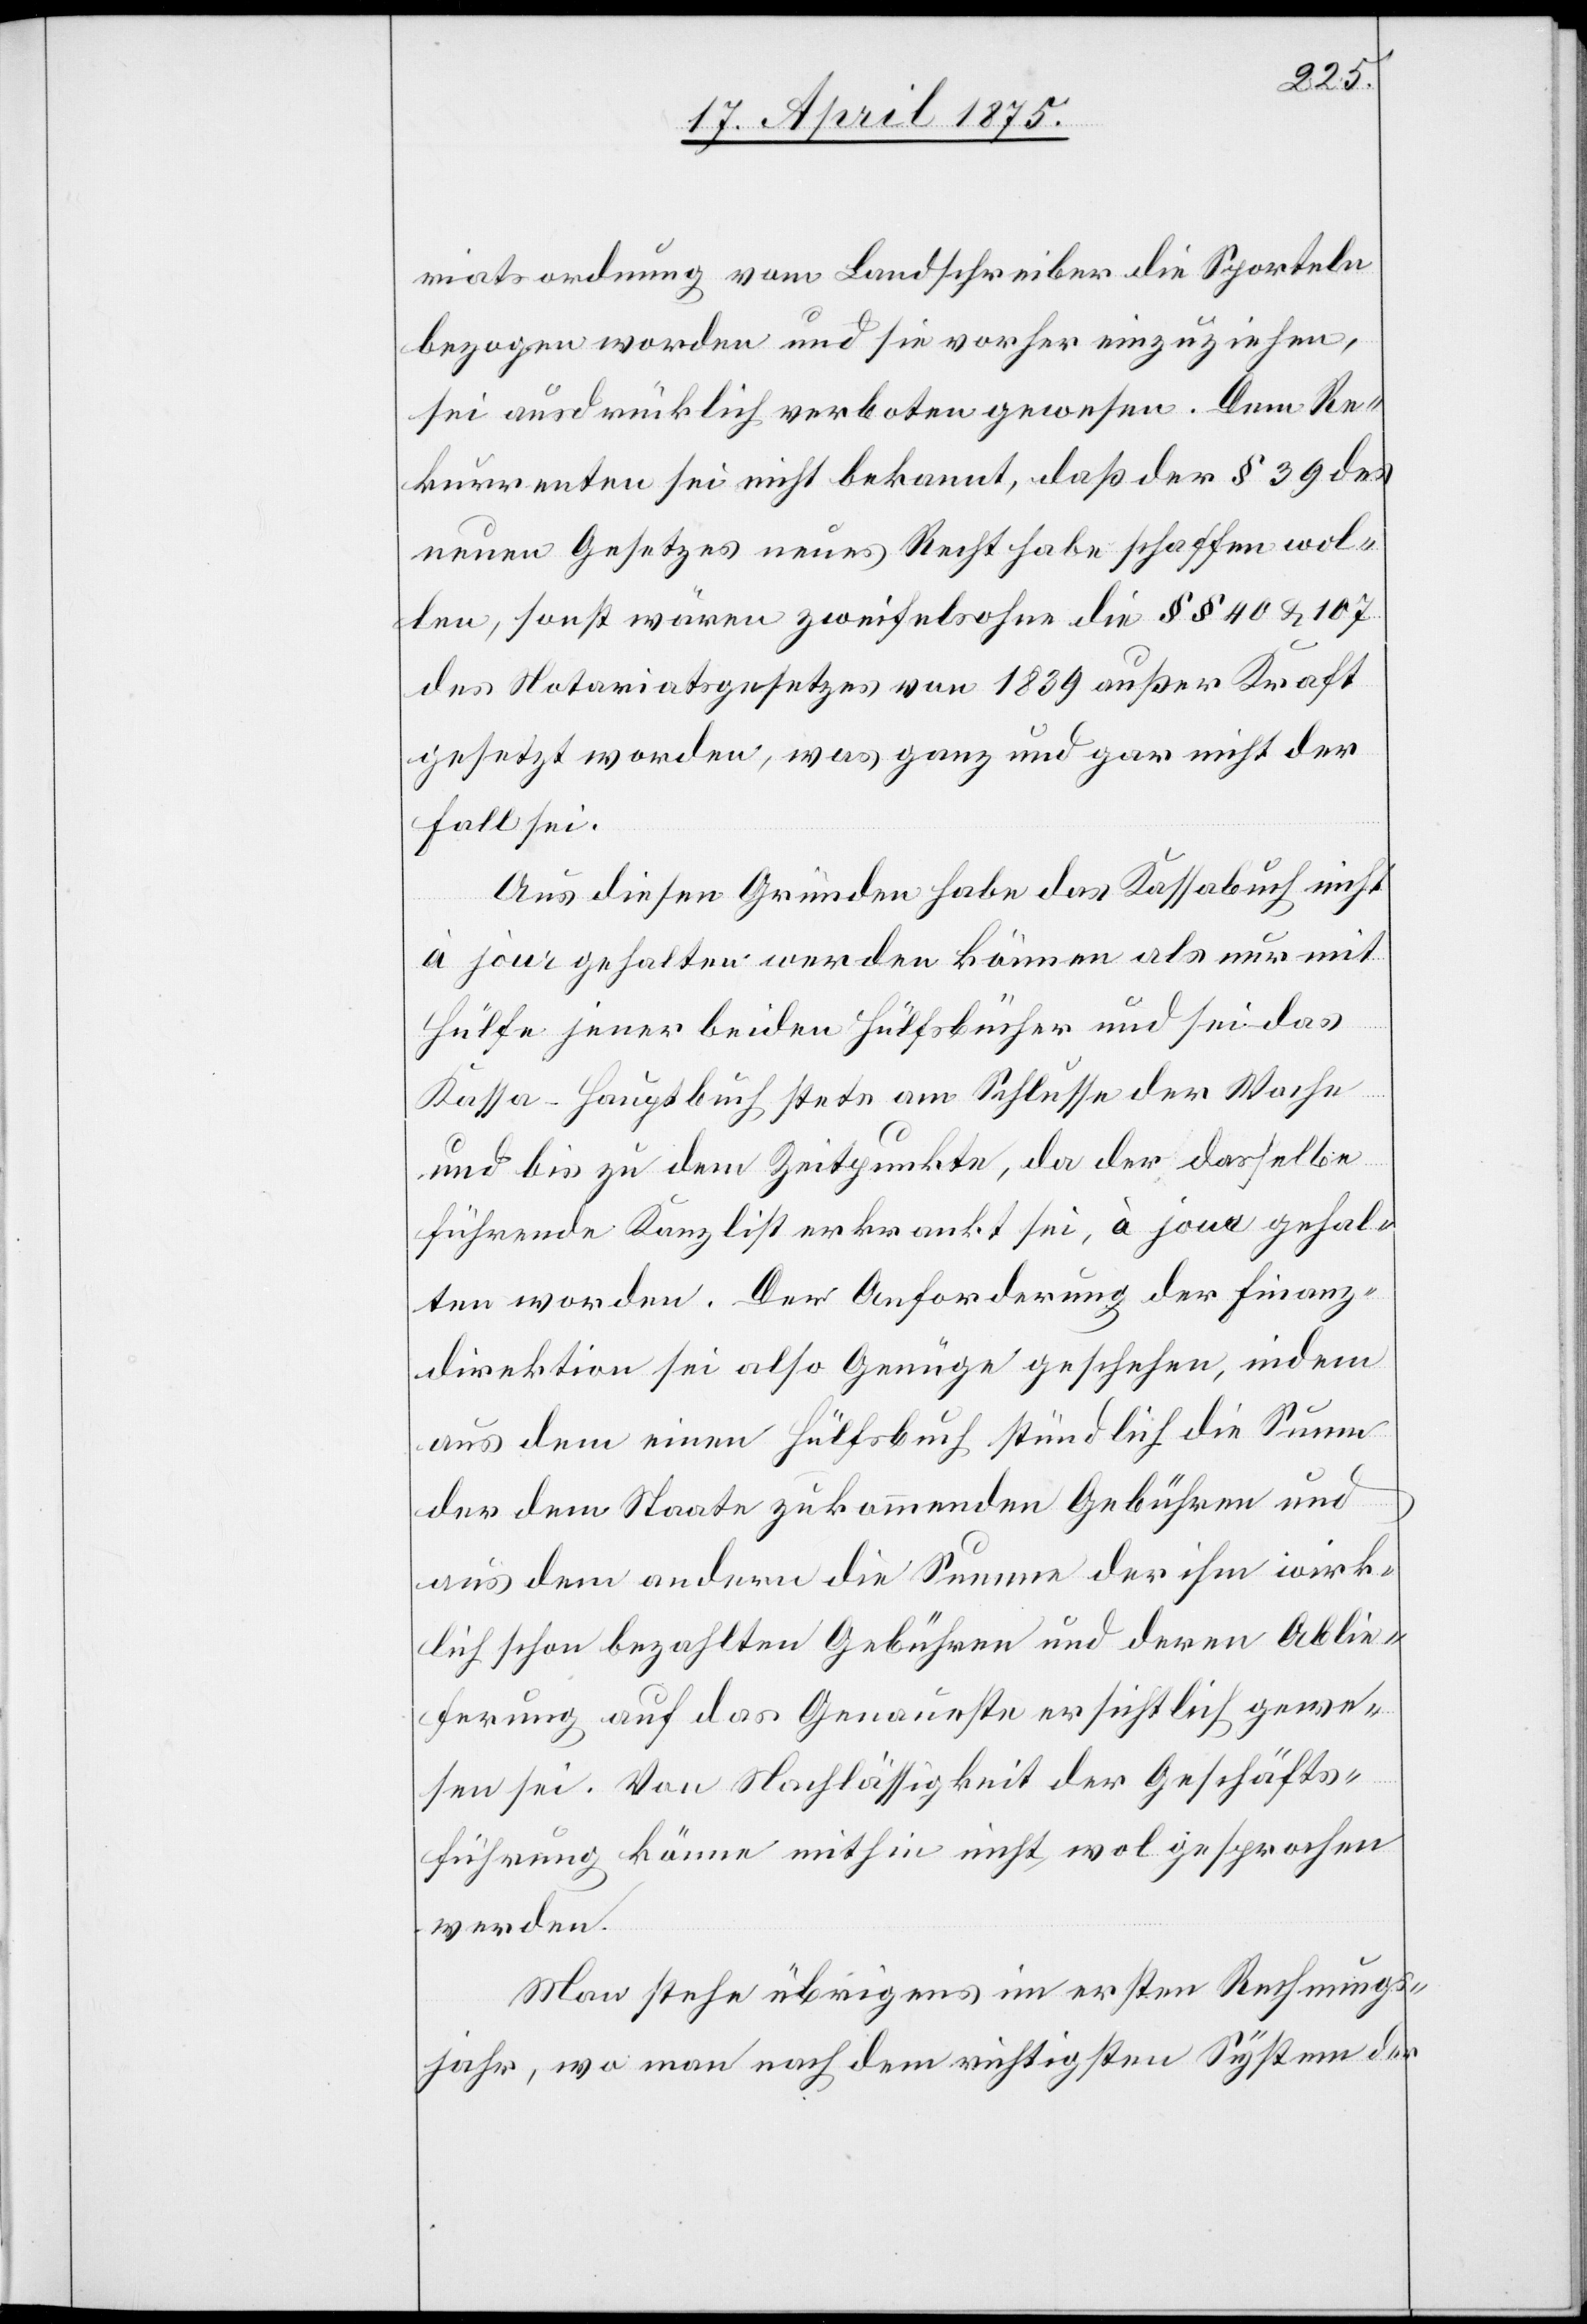
riatsordnung vom Landschreiber die Sporteln
bezogen worden und sie vorher einzuziehen,
sei ausdrücklich verboten gewesen. Dem Re¬
kurrenten sei nicht bekannt, daß der § 39 des
neuen Gesetzes neues Recht habe schaffen wol¬
len, sonst wären zweifelsohne die §§ 40 & 107
des Notariatsgesetzes von 1839 außer Kraft
gesetzt worden, was ganz und gar nicht der
Fall sei.
Aus diesen Gründen habe das Kassabuch nicht
à jour gehalten werden können als nur mit
Hülfe jener beiden Hülfsbücher und sei das
Kassa-Hauptbuch stets am Schlusse der Woche
und bis zu dem Zeitpunkte, da der dasselbe
führende Kanzlist erkrankt sei, à jour gehal¬
ten worden. Der Anforderung der Finanz¬
direktion sei also Genüge geschehen, indem
aus dem einen Hülfsbuch stündlich die Summe
der dem Staate zukommenden Gebühren und
aus dem andern die Summe der ihm wirk¬
lich schon bezahlten Gebühren und deren Ablie¬
ferung auf das Genauste ersichtlich gewe¬
sen sei. Von Nachlässigkeit der Geschäfts¬
führung könne mithin nicht, wol gesprochen
werden.
Man stehe übrigens im ersten Rechnungs¬
jahr, wo man nach dem richtigsten System der